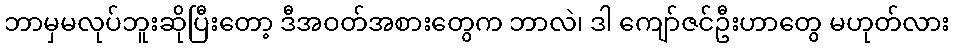
ဘာမှမလုပ်ဘူးဆိုပြီးတော့ ဒီအဝတ်အစားတွေက ဘာလဲ၊ ဒါ ကျော်ဇင်ဦးဟာတွေ မဟုတ်လား